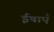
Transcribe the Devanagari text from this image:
ईषाएँ